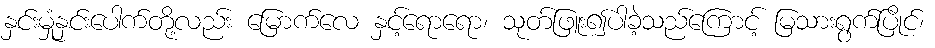
နှင်းမှုံနှင်းပေါက်တို့လည်း မြောက်လေ နှင့်ရောရော၊ သုတ်ဖြူး၍ပါခဲ့သည်ကြောင့် မြသားရွက်ပြိုင်၊